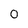
Character: 0